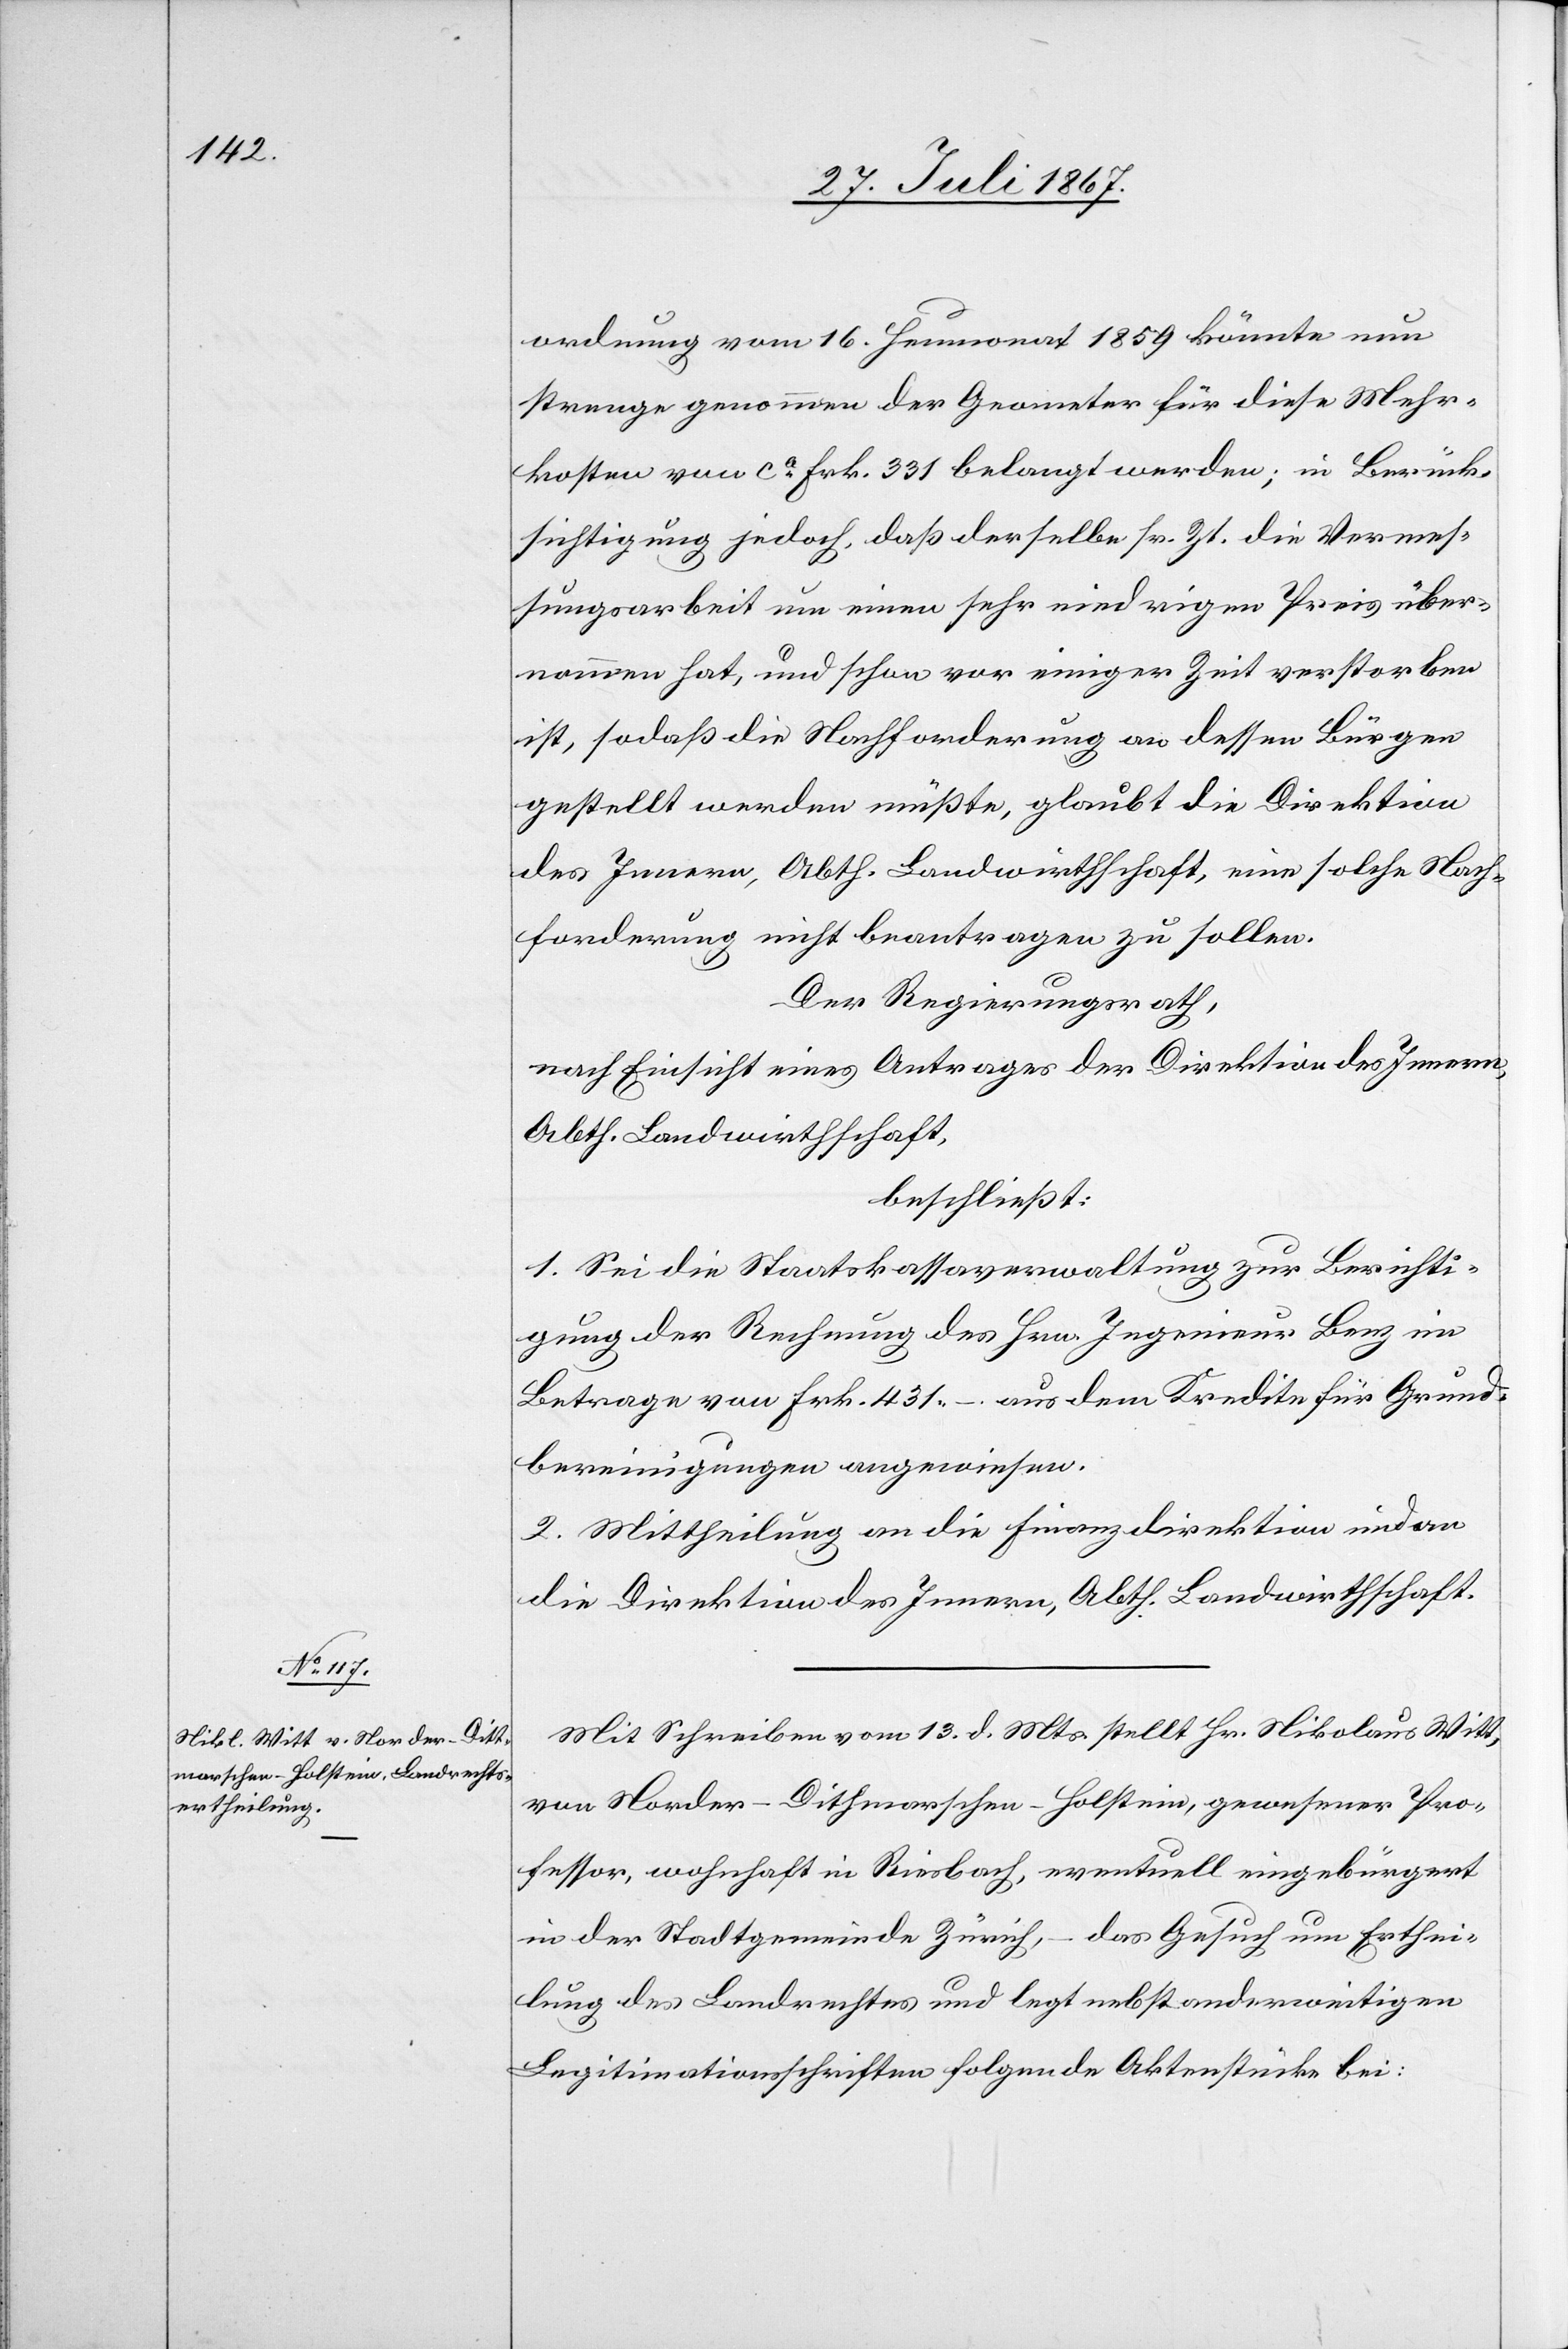
ordnung vom 16. Heumonat 1859 könnte nun
strenge genommen der Geometer für diese Mehr¬
kosten von ca. Frk. 331 belangt werden; in Berück¬
sichtigung jedoch, daß derselbe sr. Zt. die Vermes¬
sungsarbeit um einen sehr niedrigen Preis über¬
nommen hat, und schon vor einiger Zeit verstorben
ist, sodaß die Nachforderung an dessen Bürgen
gestellt werden müßte, glaubt die Direktion
des Innern, Abth. Landwirthschaft, eine solche Nach¬
forderung nicht beantragen zu sollen.
Der Regierungsrath,
nach Einsicht eines Antrages der Direktion des Innern,
Abth. Landwirthschaft,
beschließt:
1. Sei die Staatskassaverwaltung zur Berichti¬
gung des Rechnung des Hrn. Ingenieur Benz im
Betrage von Frk.431.–. aus dem Kredite für Grund¬
bereinigungen angewiesen.
2. Mittheilung an die Finanzdirektion und an
die Direktion des Innern, Abth. Landwirthschaft.
Mit Schreiben vom 13. d. Mts. stellt Hr. Nikolaus Witt,
von Norder-Dithmarschen-Holstein, gewesener Pro¬
fessor, wohnhaft in Riesbach, eventuell eingebürgert
in der Stadtgemeinde Zürich, – das Gesuch um Erthei¬
lung des Landrechtes und legt nebst anderweitigen
Legitimationsschriften folgende Aktenstücke bei: